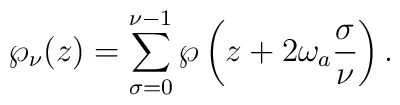
\wp_\nu(z) = \sum_{\sigma=0}^{\nu-1}\wp\left(z+2\omega_a \frac{\sigma}{\nu}\right) .